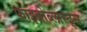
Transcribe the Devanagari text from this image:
फाइब्रोब्लास्ट्स